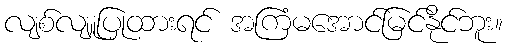
လျစ်လျူပြုထားရင် အကြံမအောင်မြင်နိုင်ဘူး။